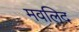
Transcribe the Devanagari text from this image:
मवलिद